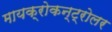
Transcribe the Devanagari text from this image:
मायक्रोकन्ट्रोलर